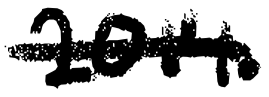
Text: 2014.
Cross-out: single-line
Writing tool: digital_black